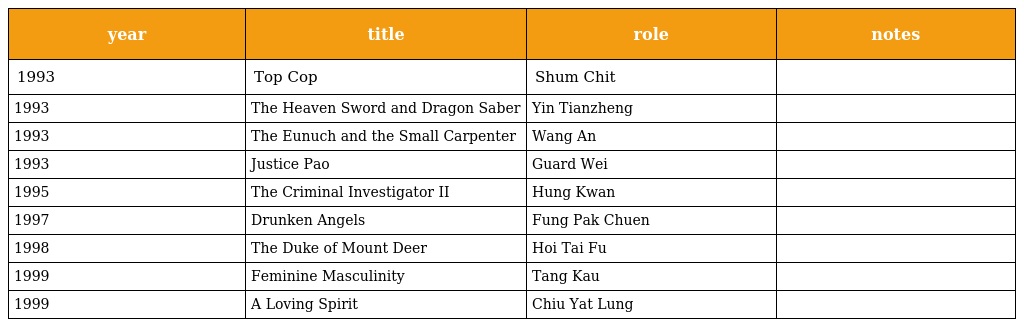
| year | title | role | notes |
 | --- | --- | --- | --- |
 | 1993 | Top Cop | Shum Chit |  |
 | 1993 | The Heaven Sword and Dragon Saber | Yin Tianzheng |  |
 | 1993 | The Eunuch and the Small Carpenter | Wang An |  |
 | 1993 | Justice Pao | Guard Wei |  |
 | 1995 | The Criminal Investigator II | Hung Kwan |  |
 | 1997 | Drunken Angels | Fung Pak Chuen |  |
 | 1998 | The Duke of Mount Deer | Hoi Tai Fu |  |
 | 1999 | Feminine Masculinity | Tang Kau |  |
 | 1999 | A Loving Spirit | Chiu Yat Lung |  |